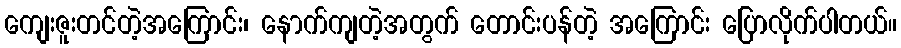
ကျေးဇူးတင်တဲ့အကြောင်း၊ နောက်ကျတဲ့အတွက် တောင်းပန်တဲ့ အကြောင်း ပြောလိုက်ပါတယ်။